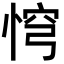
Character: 𢛙